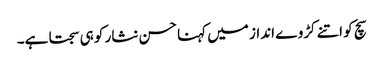
سچ کو اتنے کڑوے انداز میں کہنا حسن نثار کو ہی سجتا ہے۔